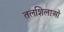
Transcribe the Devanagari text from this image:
तलशिलाओं